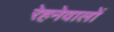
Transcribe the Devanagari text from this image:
रेहनेवालों